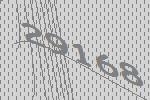
29168